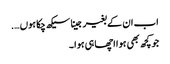
اب ان کے بغیر جینا سیکھ چکا ہوں ….
جو کچھ بھی ہوا اچھا ہی ہوا ۔